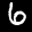
Label: 6